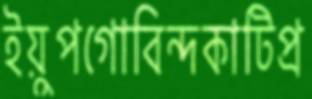
ইয়ুপগোবিন্দকাটিপ্র